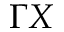
\Gamma X